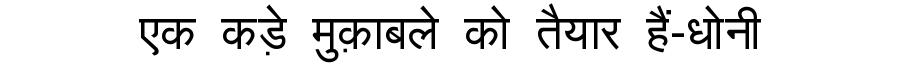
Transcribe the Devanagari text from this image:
एक कड़े मुक़ाबले को तैयार हैं-धोनी